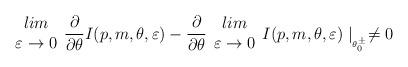
LaTeX: \begin{align*}\begin{array}{c}lim\\\varepsilon \rightarrow 0\end{array}\frac{\partial }{\partial \theta }I(p,m,\theta ,\varepsilon )-\frac{\partial }{\partial \theta }\begin{array}{c}lim\\\varepsilon \rightarrow 0\end{array}I(p,m,\theta ,\varepsilon )\mid _{_{\theta ^{\pm }_{0}}}\neq 0\end{align*}